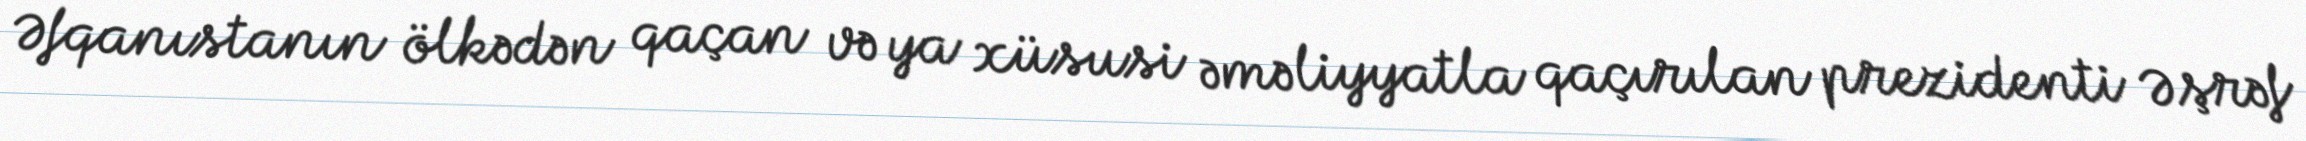
Əfqanıstanın ölkədən qaçan və ya xüsusi əməliyyatla qaçırılan prezidenti Əşrəf